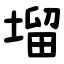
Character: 塯